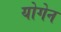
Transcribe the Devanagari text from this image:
योगेन